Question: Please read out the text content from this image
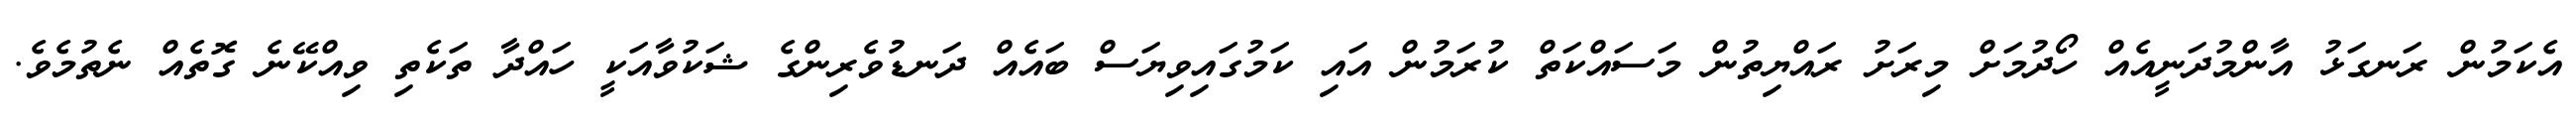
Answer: އެކަމުން ރަނގަޅު އާންމުދަނީއެއް ހޯދުމަށް މިރަށު ރައްޔިތުން މަސައްކަތް ކުރަމުން އައި ކަމުގައިވިޔަސް ބައެއް ދަނޑުވެރިންގެ ޝަކުވާއަކީ ހައްދާ ތަކެތި ވިއްކޭނެ ގޮތެއް ނެތުމެވެ.